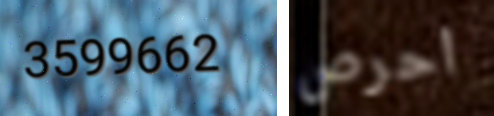
3599662 احرص